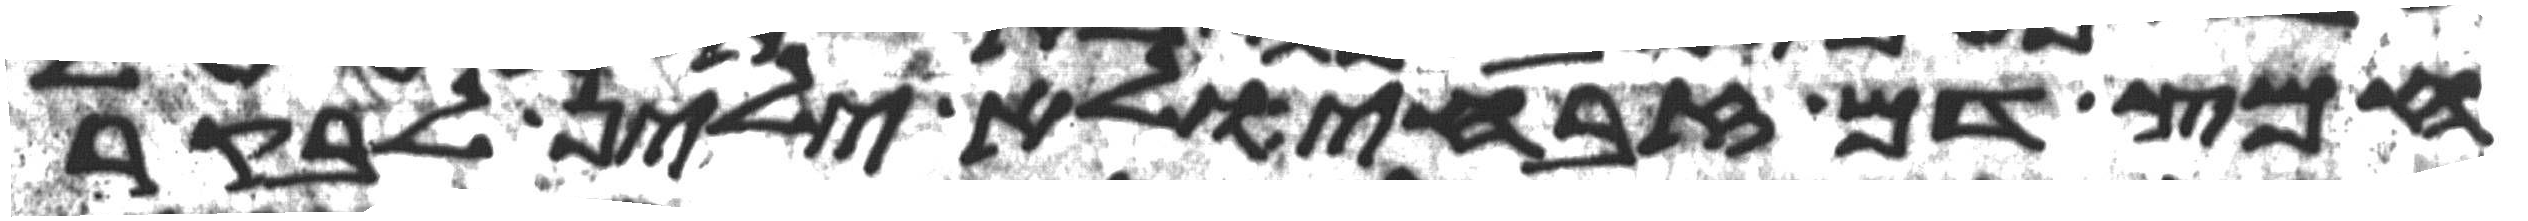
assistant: חמץ דם זבחי ולא ילין לבקר